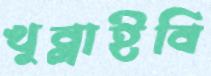
খুব্‌লাইবি